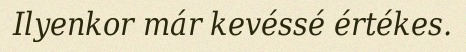
Ilyenkor már kevéssé értékes.